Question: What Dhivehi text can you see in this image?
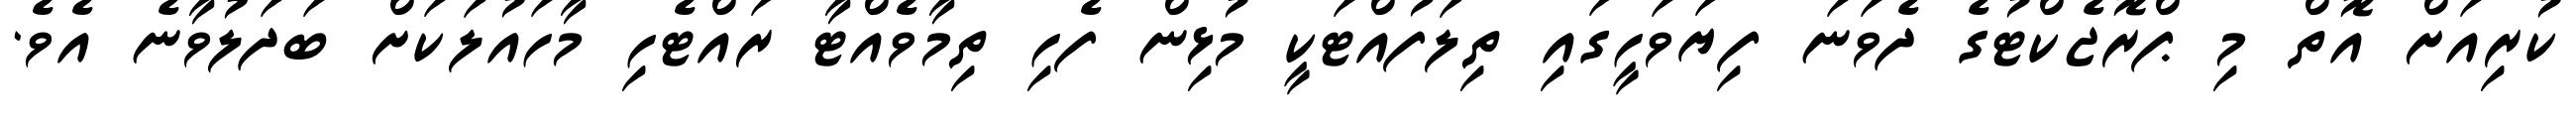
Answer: ކުރިއަށް އޮތް މި ޕްރޮޖެކްޓުގެ ދެވަނަ ފިޔަވަހީގައި ތިލަފުއްޓަކީ މުޅިން ފެހި ތިމާވެއްޓާ ރައްޓެހި މާހައުލަކަށް ބަދަލުވާނެ އެވެ.